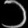
Digit: ၁